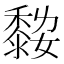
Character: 𪏾